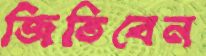
জিতিবেন